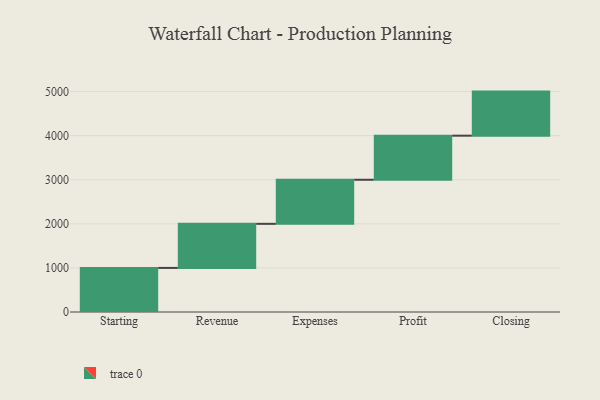
{"axis": {"x": "Step", "y": "Value"}, "legend": [""], "data": [{"x": "Starting", "y": 1000, "type": ""}, {"x": "Revenue", "y": 1000, "type": ""}, {"x": "Expenses", "y": 1000, "type": ""}, {"x": "Profit", "y": 1000, "type": ""}, {"x": "Closing", "y": 1000, "type": ""}]}